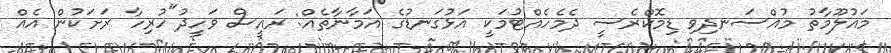
މައުލޫމާތު މުއްސަނދިވި ޑިމޮކްރެސީ ދެމެހެއްޓުމަކީ އަޅުގަނޑުގެ އަމާނާތެއް: ރައީސް ވަހީދު"ހުރިހާ ރަށަކުން އެއް